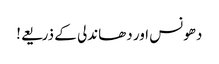
دھونس اور دھاندلی کے ذریعے!